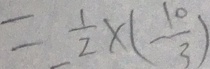
= \frac { 1 } { 2 } \times ( - \frac { 1 0 } { 3 } )